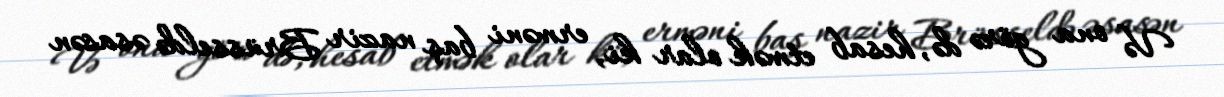
Və ona görə də, hesab etmək olar ki, erməni baş nazir Brüsseldə əsasən